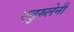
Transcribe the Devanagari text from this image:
एढुरुलेनी